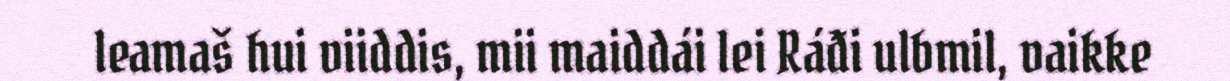
leamaš hui viiddis, mii maiddái lei Ráđi ulbmil, vaikke